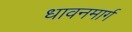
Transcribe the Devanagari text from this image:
धावनमार्ग